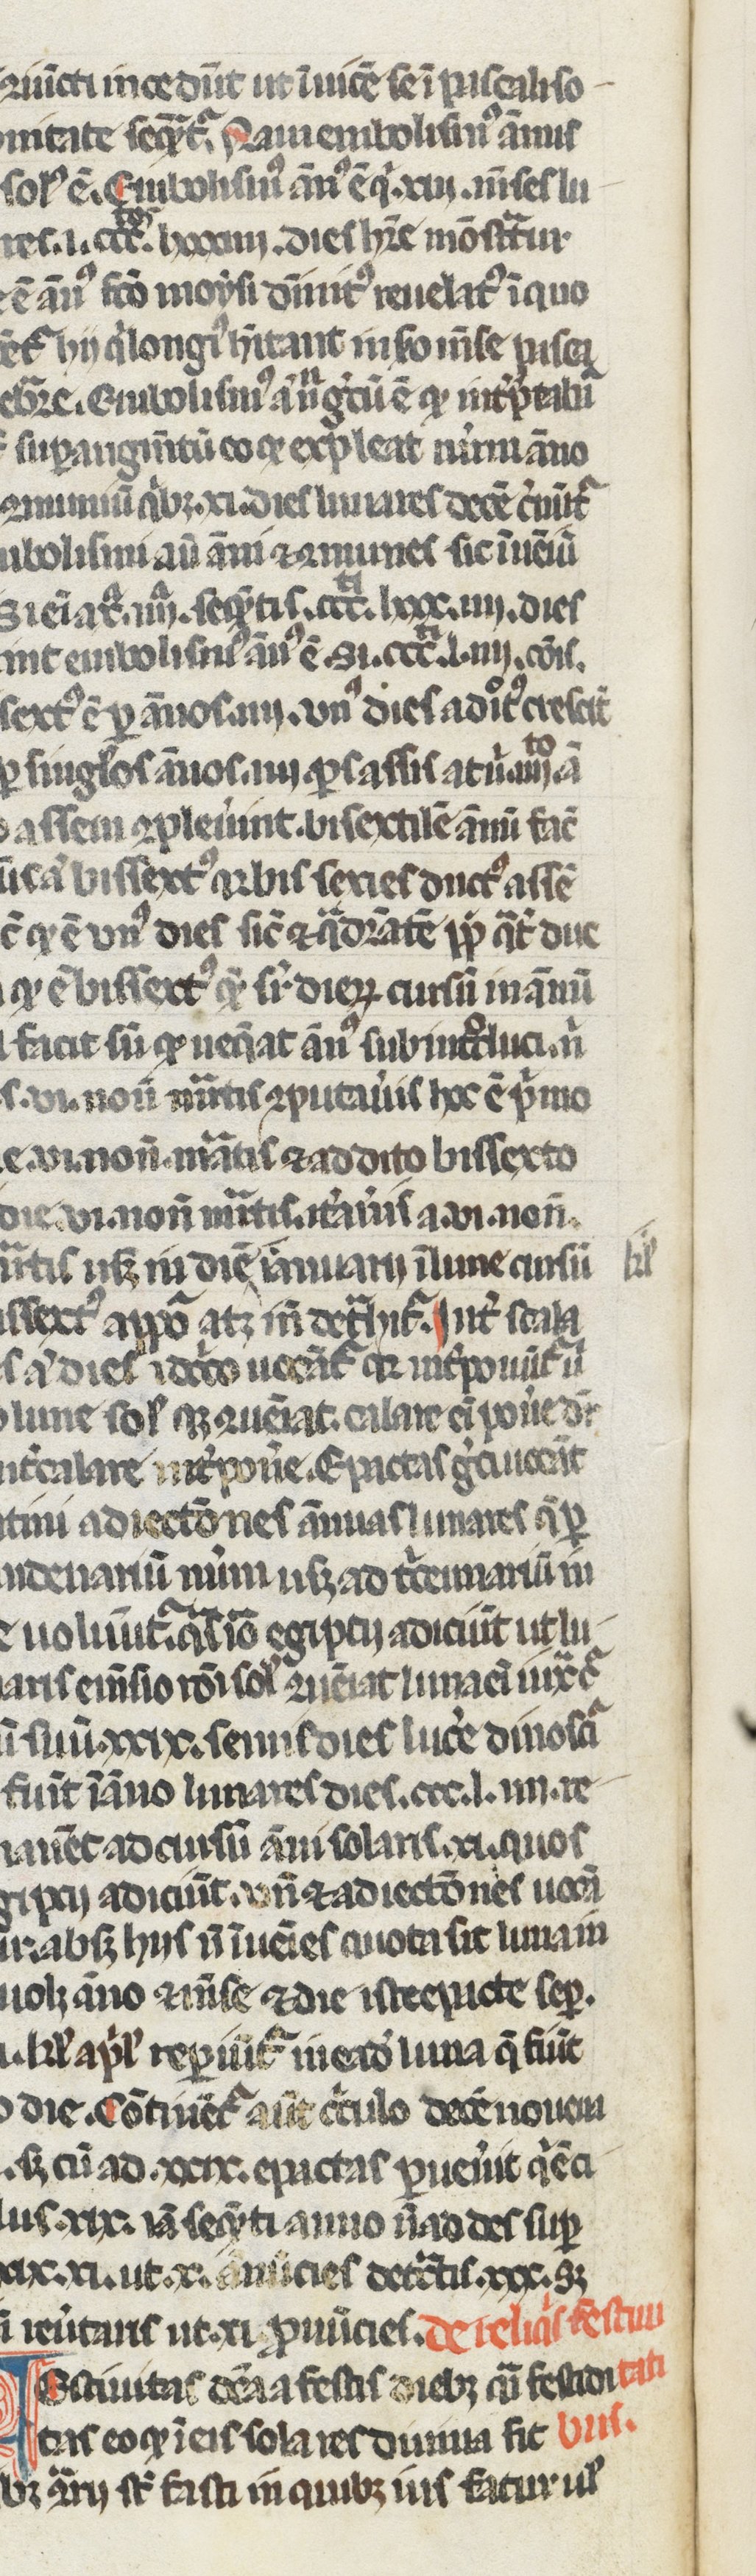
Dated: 1250–1299